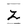
Character: Z